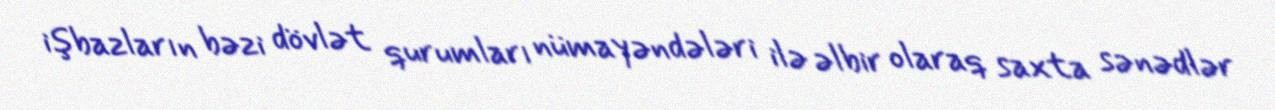
işbazların bəzi dövlət qurumları nümayəndələri ilə əlbir olaraq saxta sənədlər